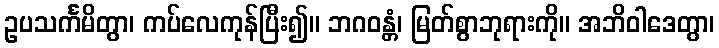
ဥပသင်္ကမိတွာ၊ ကပ်လေကုန်ပြီး၍။ ဘဂဝန္တံ၊ မြတ်စွာဘုရားကို။ အဘိဝါဒေတွာ၊